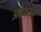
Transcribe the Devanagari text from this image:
अकबरांचे